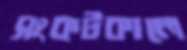
সংকটকালে